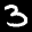
Label: 3